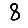
Digit: 8